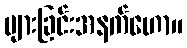
များခြင်းအနက်ဟော။